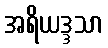
အရိယဒ္ဒသာ